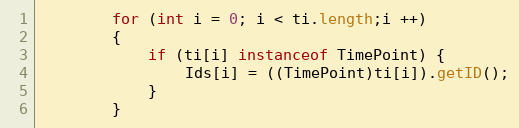
Language: Java
		for (int i = 0; i < ti.length;i ++)
		{
			if (ti[i] instanceof TimePoint) {
				Ids[i] = ((TimePoint)ti[i]).getID();
			}
		}